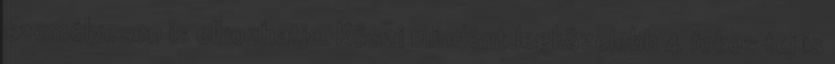
személyesen is elhozhatja. Köszi mindent.legközelebb 4 fokos tej is